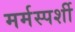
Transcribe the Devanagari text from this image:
मर्मस्‍पर्शी